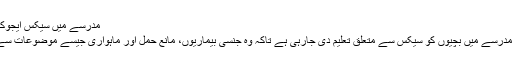
مدرسے میں سیکس ایجوکیشن 19.11.2019
بنگلہ دیش کے ایک مدرسے میں بچیوں کو سیکس سے متعلق تعلیم دی جارہی ہے تاکہ وہ جنسی بیماریوں، مانع حمل اور ماہواری جیسے موضوعات سے متعلق آگاہ ہوسکیں۔